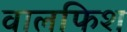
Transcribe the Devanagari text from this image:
वालफिश